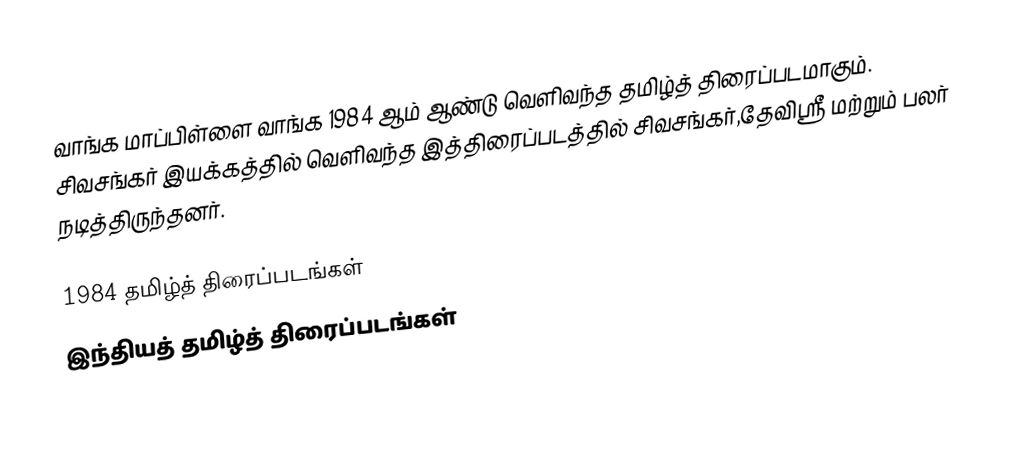
வாங்க மாப்பிள்ளை வாங்க 1984 ஆம் ஆண்டு வெளிவந்த தமிழ்த் திரைப்படமாகும். சிவசங்கர் இயக்கத்தில் வெளிவந்த இத்திரைப்படத்தில் சிவசங்கர்,தேவிஸ்ரீ மற்றும் பலர் நடித்திருந்தனர்.

1984 தமிழ்த் திரைப்படங்கள்
இந்தியத் தமிழ்த் திரைப்படங்கள்